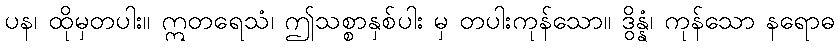
ပန၊ ထိုမှတပါး။ ဣတရေသံ၊ ဤသစ္စာနှစ်ပါး မှ တပါးကုန်သော။ ဒွိန္နံ၊ ကုန်သော နရောဓ